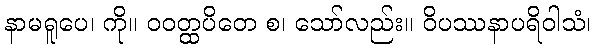
နာမရူပေ၊ ကို။ ဝဝတ္ထပိတေ စ၊ သော်လည်း။ ဝိပဿနာပရိဝါသံ၊